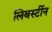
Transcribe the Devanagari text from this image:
लिबर्स्टीन